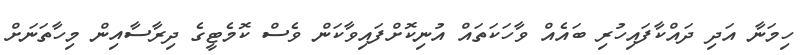
ހިމަނާ އަދި ދައްކާފައިހުރި ބައެއް ވާހަކަތައް އުނިކޮށްފައިވާކަން ވެސް ކޮމެޓީގެ ދިރާސާއިން މިހާތަނަށް